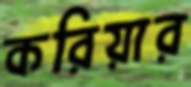
করিয়ার